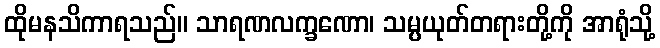
ထိုမနသိကာရသည်။ သာရဏလက္ခဏော၊ သမ္ပယုတ်တရားတို့ကို အာရုံသို့